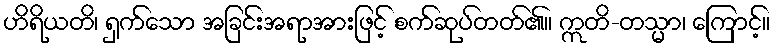
ဟိရိယတိ၊ ရှက်သော အခြင်းအရာအားဖြင့် စက်ဆုပ်တတ်၏။ ဣတိ-တသ္မာ၊ ကြောင့်။